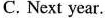
C. Next year.